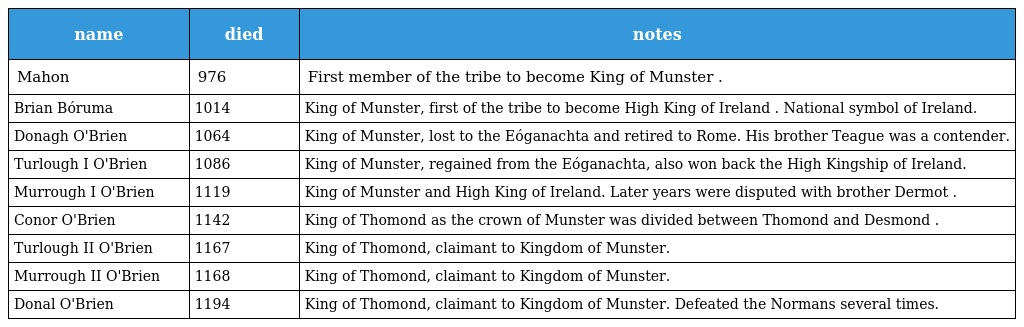
| name | died | notes |
 | --- | --- | --- |
 | Mahon | 976 | First member of the tribe to become King of Munster . |
 | Brian Bóruma | 1014 | King of Munster, first of the tribe to become High King of Ireland . National symbol of Ireland. |
 | Donagh O'Brien | 1064 | King of Munster, lost to the Eóganachta and retired to Rome. His brother Teague was a contender. |
 | Turlough I O'Brien | 1086 | King of Munster, regained from the Eóganachta, also won back the High Kingship of Ireland. |
 | Murrough I O'Brien | 1119 | King of Munster and High King of Ireland. Later years were disputed with brother Dermot . |
 | Conor O'Brien | 1142 | King of Thomond as the crown of Munster was divided between Thomond and Desmond . |
 | Turlough II O'Brien | 1167 | King of Thomond, claimant to Kingdom of Munster. |
 | Murrough II O'Brien | 1168 | King of Thomond, claimant to Kingdom of Munster. |
 | Donal O'Brien | 1194 | King of Thomond, claimant to Kingdom of Munster. Defeated the Normans several times. |